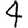
Digit: 4